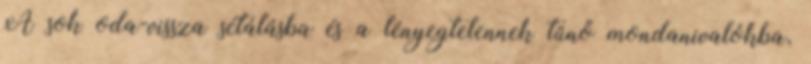
A sok oda-vissza sétálásba és a lényegtelennek tűnő mondanivalókba,